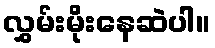
လွှမ်းမိုးနေဆဲပါ။